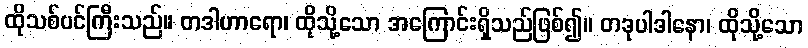
ထိုသစ်ပင်ကြီးသည်။ တဒါဟာရော၊ ထိုသို့သော အကြောင်းရှိသည်ဖြစ်၍။ တဒုပါဒါနော၊ ထိုသို့သော